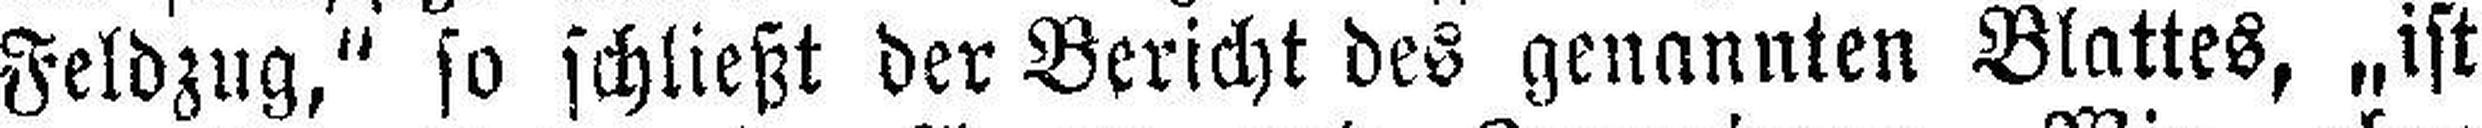
Feldzug," so schließt der Bericht des genannten Blattes, „ist